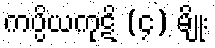
ကပ္ပိယကုဋိ (၄) မျိုး